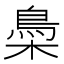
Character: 䲷